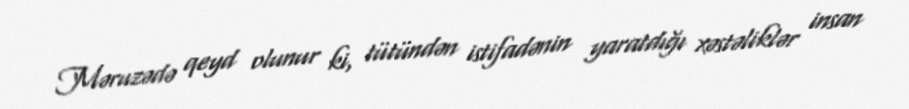
Məruzədə qeyd olunur ki, tütündən istifadənin yaratdığı xəstəliklər insan